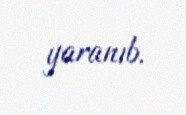
yaranıb.